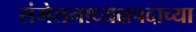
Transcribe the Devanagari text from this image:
संमेलनाध्यक्षपदाच्या